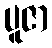
ပူဇာ